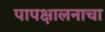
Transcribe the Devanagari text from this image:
पापक्षालनाचा